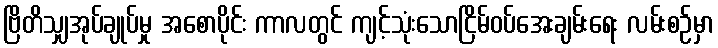
ဗြိတိသျှအုပ်ချုပ်မှု အစောပိုင်း ကာလတွင် ကျင့်သုံးသောငြိမ်ဝပ်အေးချမ်းရေး လမ်းစဉ်မှာ